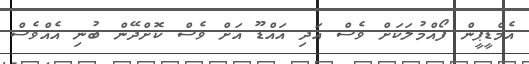
އެމްޑީޕީން ފޯއްމުލަކަށް ވެސް އަދި އައްޑޫ އަށް ވެސް ކޮށްދޭން ބުނި އެއްވެސް